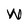
Character: W